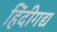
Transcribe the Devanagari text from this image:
हिंदीगद्य